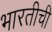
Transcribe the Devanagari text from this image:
भारतीची